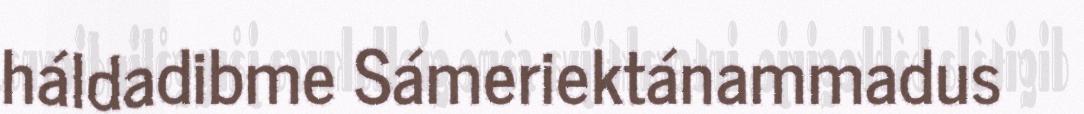
háldadibme Sámeriektánammadus